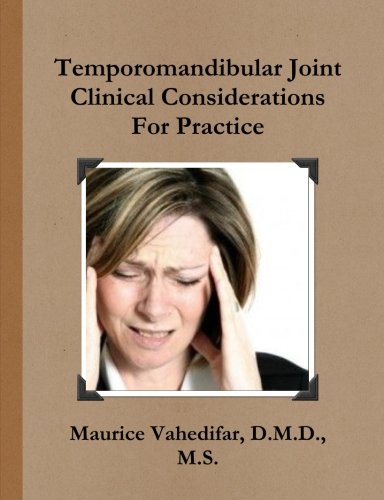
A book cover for Temporomandibular Joint Clinical Considerations For Practice; D.M.D., M.S., Maurice Vahedifar; Medical Books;